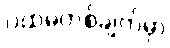
ပထမတစ်ချက်မှာ